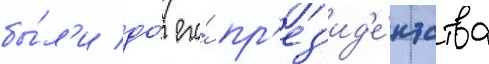
бы́л'и до́ его́ пр'ез'ид'е́нтства